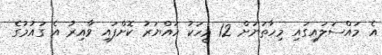
އެ މައްސަލައިގައި މިހާތަނަށް 12 މީހަކު ހައްޔަރު ކޮށްފައި ވާއިރު އެ ގައުމުގެ